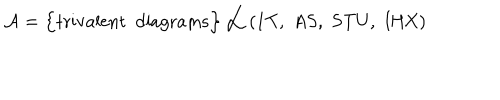
{ \cal A } = \Big \{ \mathrm { t r i v a l e n t \, \, \, d i a g r a m s } \Big \} \, \, \Big / \, \, \mathrm { ( 1 T , \, \, A S , \, \, S T U , \, \, I H X ) }